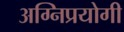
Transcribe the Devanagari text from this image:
अग्निप्रयोगी